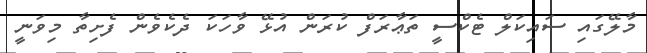
މާލޭގައި ސައިކަލް ޓެކްސީ ތަޢާރަފް ކުރަން އުޅޭ ވާހަކަ ދެކެވެން ފެށިތާ މިވަނީ